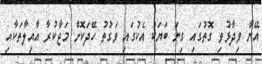
އޭނާ ވިދާޅުވި ގޮތުގައި ގިނަ ބަޔަކު އެކުގައި ވަގުތު ހޭދަކޮށް މަޖާކުރާ އާއިލާތަކާއި